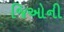
જિઓની